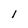
Character: l